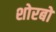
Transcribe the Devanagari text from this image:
शोरबों